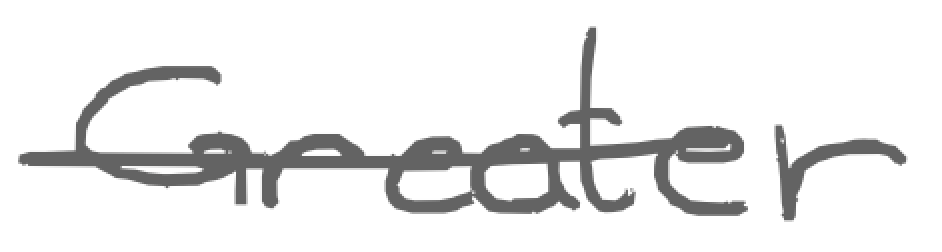
Text: Greater
Cross-out: single-line
Writing tool: digital_gray